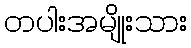
တပါးအမျိုးသား